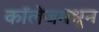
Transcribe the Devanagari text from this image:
कॉलेजमधुन